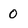
Character: 0